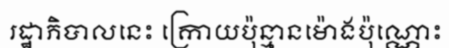
រដ្ឋាភិបាលនេះ ក្រោយប៉ុន្មានម៉ោងប៉ុណ្ណោះ